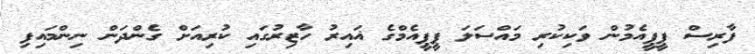
ފާރިސް ޕީޕީއެމުން ވަކިކުރި މައްސަލަ ޕީޕީއެމްގެ ޣައިރު ހާޒިރުގައި ކުރިއަށް ގެންދަން ނިންމައިފި